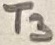
Text: T3